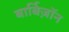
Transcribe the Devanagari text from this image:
बार्बिज़ॉन